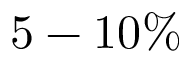
5 - 1 0 \%